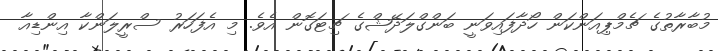
މުބާރާތުގެ ޗެމްޕިއަންކަން ހޯދާފައިވަނީ ބަންގްލަދޭޝްގެ ޗިޓަގޮން އެވެ. މި އެފަހަރު ސްރީލަންކާ އިންޑިއާ